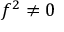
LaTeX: f ^ { 2 } \neq 0